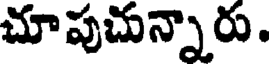
చూపుచున్నారు.